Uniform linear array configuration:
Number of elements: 64
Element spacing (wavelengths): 1
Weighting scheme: hann
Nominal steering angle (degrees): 15
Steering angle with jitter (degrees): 13.514
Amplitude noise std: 0.05
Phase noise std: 0.05

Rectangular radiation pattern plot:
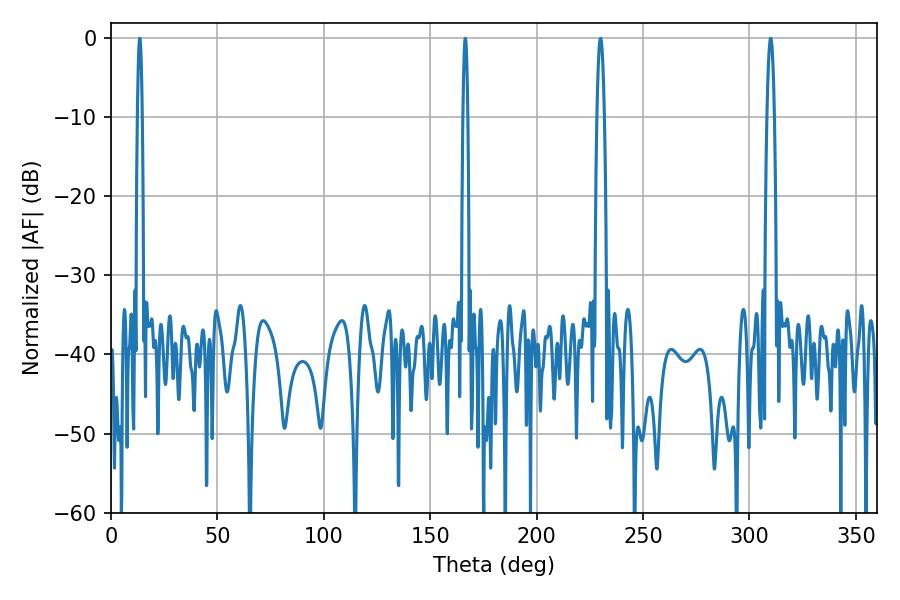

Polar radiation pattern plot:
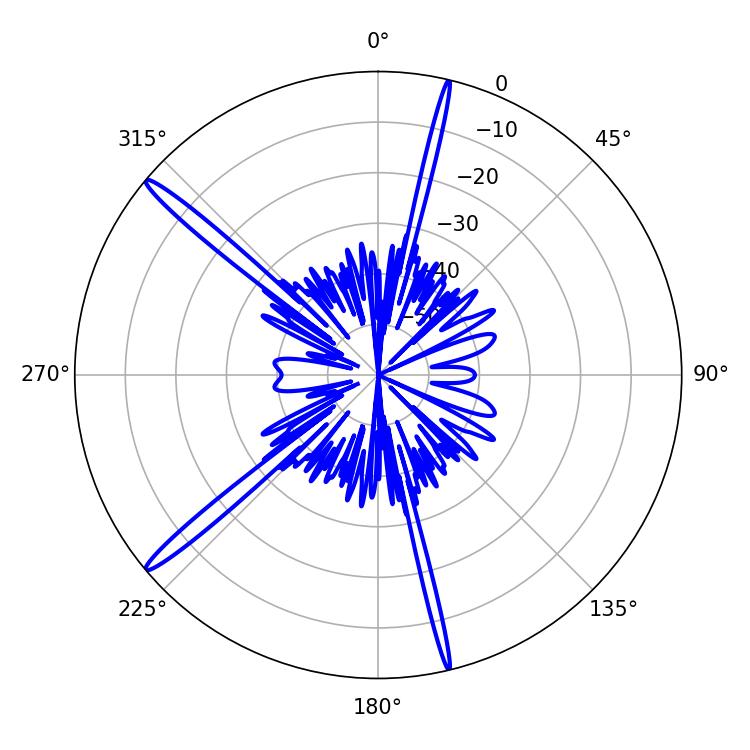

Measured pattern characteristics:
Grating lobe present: TRUE
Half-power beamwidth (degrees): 1.8
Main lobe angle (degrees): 230.04